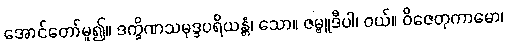
အောင်တော်မူ၍။ ဒက္ခိဏသမုဒ္ဒပရိယန္တံ၊ သော။ ဇမ္ဗူဒီပါ၊ ဝယ်။ ဝိဇေတုကာမော၊